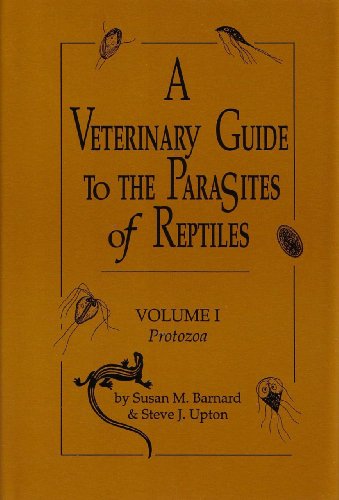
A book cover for A Veterinary Guide to the Parasites of Reptiles; Susan M. Barnard; Medical Books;